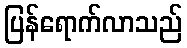
ပြန်ရောက်လာသည်